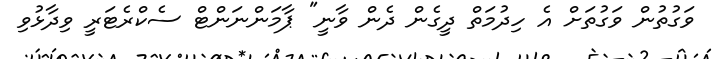
ވަގުތުން ވަގުތަށް އެ ހިދުމަތް ދީގެން ދެން ވާނީ" ޕާމަންނަންޓް ސެކްރެޓަރީ ވިދާޅުވި